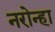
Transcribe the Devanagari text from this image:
नरोन्हा